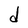
Character: d